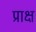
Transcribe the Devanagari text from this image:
प्राक्ष